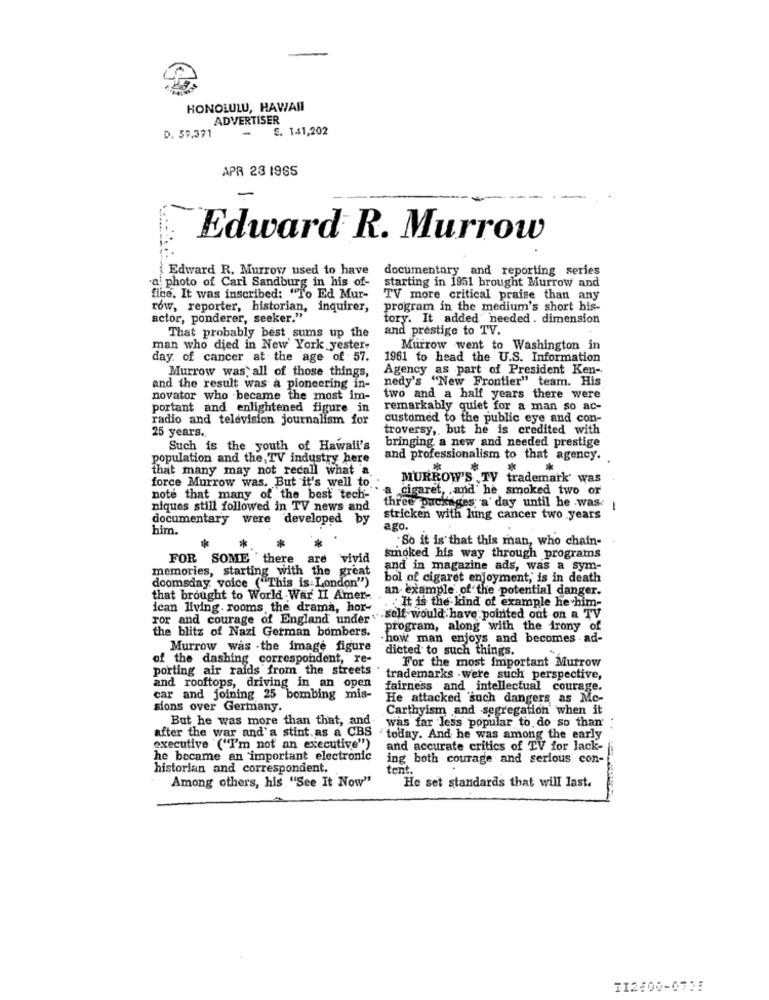
HONOLULU, HAWAII
ADVERTISER
. S. 141,202
D. 59.371
APR 23 1965
Edward R. Murrow
Edward R. Murrow used to have
documentary and reporting series
-ai photo of Carl Sandburg in his of-
starting in 1951 brought Murrow and
fice. It was inscribed: "To Ed Mur-
TV more critical praise than any
row, reporter, historian, inquirer,
program in the medium's short his-
actor, ponderer, seeker."
tory. It added' needed . dimension
That probably best sums up the
and prestige to TV.
man who died in New York yester-
Murrow went to Washington in
day. of cancer at the age of 57.
1961 to head the U.S. Information
Murrow was all of those things,
Agency as part of President Ken-
nedy's "New Frontier" team. His
and the result was a pioneering in-
novator who became the most im-
two and a half years there were
portant and enlightened figure in
remarkably quiet for a man so ac-
radio and television journalism for
customed to the public eye and con-
25 years.
troversy ,, but he is credited with
Such is the youth of Hawaii's
bringing a new and needed prestige
population and the,TV industry here
and professionalism to that agency. .
that many may not recall what a.
.*
*
*
force Murrow was. But it's well to.
MURROW'S TV trademark' was
cigaret, and he smoked two or
note that many of the best tech-
niques still followed in TV news and
three packages a' day until he was.
1
documentary were developed by
stricken with lung cancer two years
him.
ago.
So it is that this man, who chain-
FOR SOME there are
vivid
smoked his way through programs
memories, starting with the great
and in magazine ads, was a sym-
bol of cigaret enjoyment, is in death
doomsday. voice ("This is London")
an example of the potential danger.
that brought to World War II Amer-
ican living. rooms the drama, hor-
It is the kind of example he him-
For and courage of England under " .self would have pointed out on a TV
the blitz of Nazi German bombers.
program, along with the irony of
how man enjoys and becomes ad-
Murrow was .the image figure
dicted to such things.
of the dashing correspondent, re-
For the most important Murrow
porting air raids from the streets.
trademarks . were such perspective,
and rooftops, driving in an open
fairness and intellectual courage.
car and joining 25 bombing mis-
He attacked such dangers as Mc-
sions over Germany.
Carthyism and segregation when it
But he was more than that, and
was far less popular to do so than
after the war and'a stint.as a CBS .today. And he was among the early
executive ("I'm not an executive")
and accurate critics of TV for lack-
he became an important electronic
ing both courage and serious con-
historian and correspondent.
tent.
Among others, his "See It Now"
He set standards that will last.
TI2600-0735